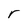
Character: r